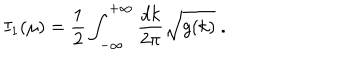
LaTeX: I _ { 1 } ( \mu ) = { \frac { 1 } { 2 } } \int _ { - \infty } ^ { + \infty } \frac { d k } { 2 \pi } { \sqrt { g ( k ) } } \; .